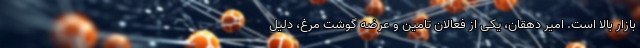
بازار بالا است. امیر دهقان، یکی از فعالان تامین و عرضه گوشت مرغ، دلیل